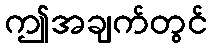
ဤအချက်တွင်